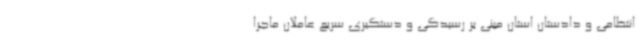
انتظامی و دادستان استان مبنی بر رسیدگی و دستگیری سریع عاملان ماجرا